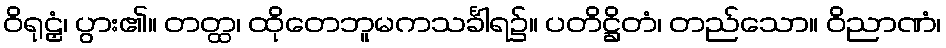
ဝိရုဠှံ၊ ပွား၏။ တတ္ထ၊ ထိုတေဘူမကသင်္ခါရ၌။ ပတိဋ္ဌိတံ၊ တည်သော။ ဝိညာဏံ၊